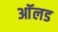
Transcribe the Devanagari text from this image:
आॅलड